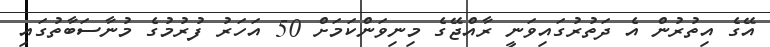
އޭގެ އިތުރުން އެ ދަތުރުގައިވަނީ ރާއްޖޭގެ މިނިވަންކަމަށް 50 އަހަރު ފުރުމުގެ މުނާސަބާތުގައި